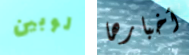
لوبين أخبارها